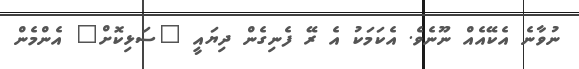
ނުވާނެ އެކޭއެއް ނޫނެވެ. އެކަމަކު އެ ރޭ ފެނިގެން ދިޔައީ "ސަޅިކޮށް" އެންމެން